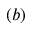
( b )